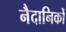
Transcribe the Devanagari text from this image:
नैदानिकों